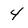
Character: 4